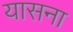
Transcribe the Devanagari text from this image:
यासना